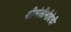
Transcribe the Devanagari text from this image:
श्रीमंतीनीदेवी